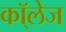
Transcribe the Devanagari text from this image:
कॉ्लेज